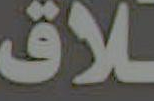
لاق